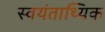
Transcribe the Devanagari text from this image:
स्वयंताथ्यिक